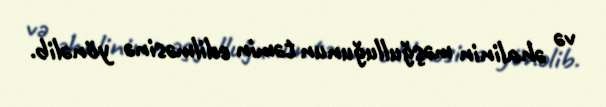
və əhalinin məşğulluğunun təmin edilməsinə yönəlib.